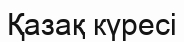
Қазақ күресі